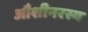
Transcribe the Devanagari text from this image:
औशीनरस्य